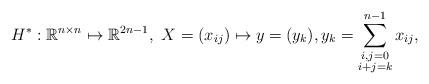
LaTeX: \begin{align*}H^*: \mathbb{R}^{n\times n} \mapsto \mathbb R^{2n-1},\ X=(x_{ij}) \mapsto y=(y_k), y_k=\sum_{\substack{i,j=0\\i+j=k}}^{n-1} x_{ij},\end{align*}